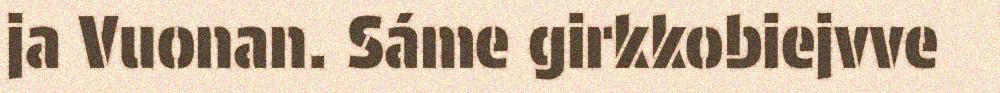
ja Vuonan. Sáme girkkobiejvve